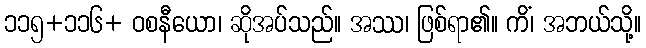
၁၁၅+၁၁၆+ ဝစနီယော၊ ဆိုအပ်သည်။ အဿ၊ ဖြစ်ရာ၏။ ကိံ၊ အဘယ်သို့။